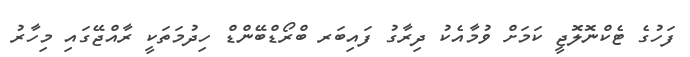
ފަހުގެ ޓެކްނޮލޮޖީ ކަމަށް ވުމާއެކު ދިރާގު ފައިބަރ ބްރޯޑްބޭންޑް ހިދުމަތަކީ ރާއްޖޭގައި މިހާރު